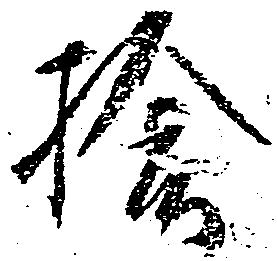
楡